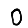
Digit: 0